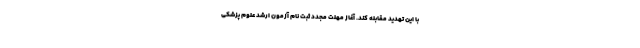
با این تهدید مقابله کند. آغاز مهلت مجدد ثبت نام آزمون ارشد علوم پزشکی